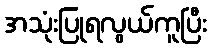
အသုံးပြုရလွယ်ကူပြီး